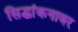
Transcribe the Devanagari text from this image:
सिद्धांकनावर